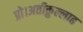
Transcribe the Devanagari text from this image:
प्रो।अतीक़ुल्लाह